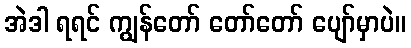
အဲဒါ ရရင် ကျွန်တော် တော်တော် ပျော်မှာပဲ။